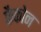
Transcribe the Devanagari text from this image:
फैकोन